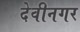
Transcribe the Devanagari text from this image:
देवीनगर